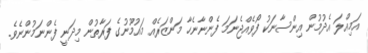
އަމިއްލަ އެދުމުން އިންސާނަކު ފޯވެއްޖެނަމަ ފެންނާނެހާ މަންޒަރެއް މައުމޫނުގެ ފަރާތުން މިދަނީ ފެންނަމުންނެވެ.